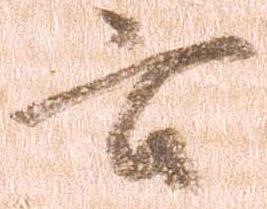
云